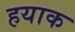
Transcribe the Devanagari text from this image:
हयाक